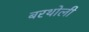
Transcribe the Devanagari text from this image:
बरथोली